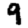
Digit: 9